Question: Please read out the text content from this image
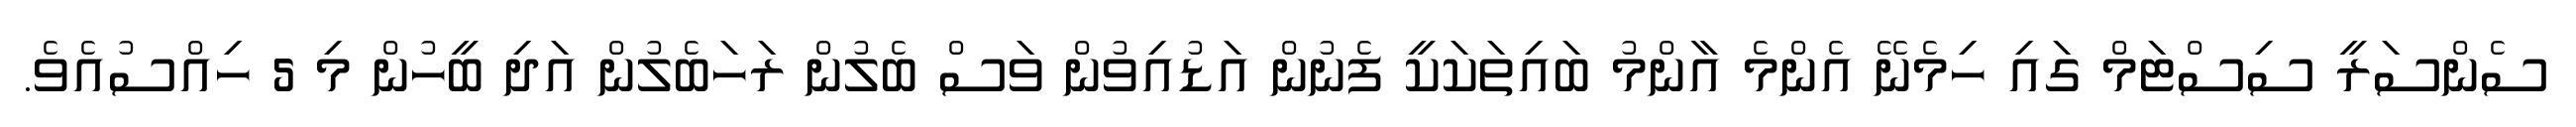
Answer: ސެންސަރީ ސިސްޓަމް ގައި ހިމެނޭ އެންމެ އާންމު ބައިތަކަކީ ފެނުން އަޑުއިވުން ވަސް ބެލުން ރަހަބެލުން އަދި ބީހުން މި 5 ހިއްސުއެވެ.